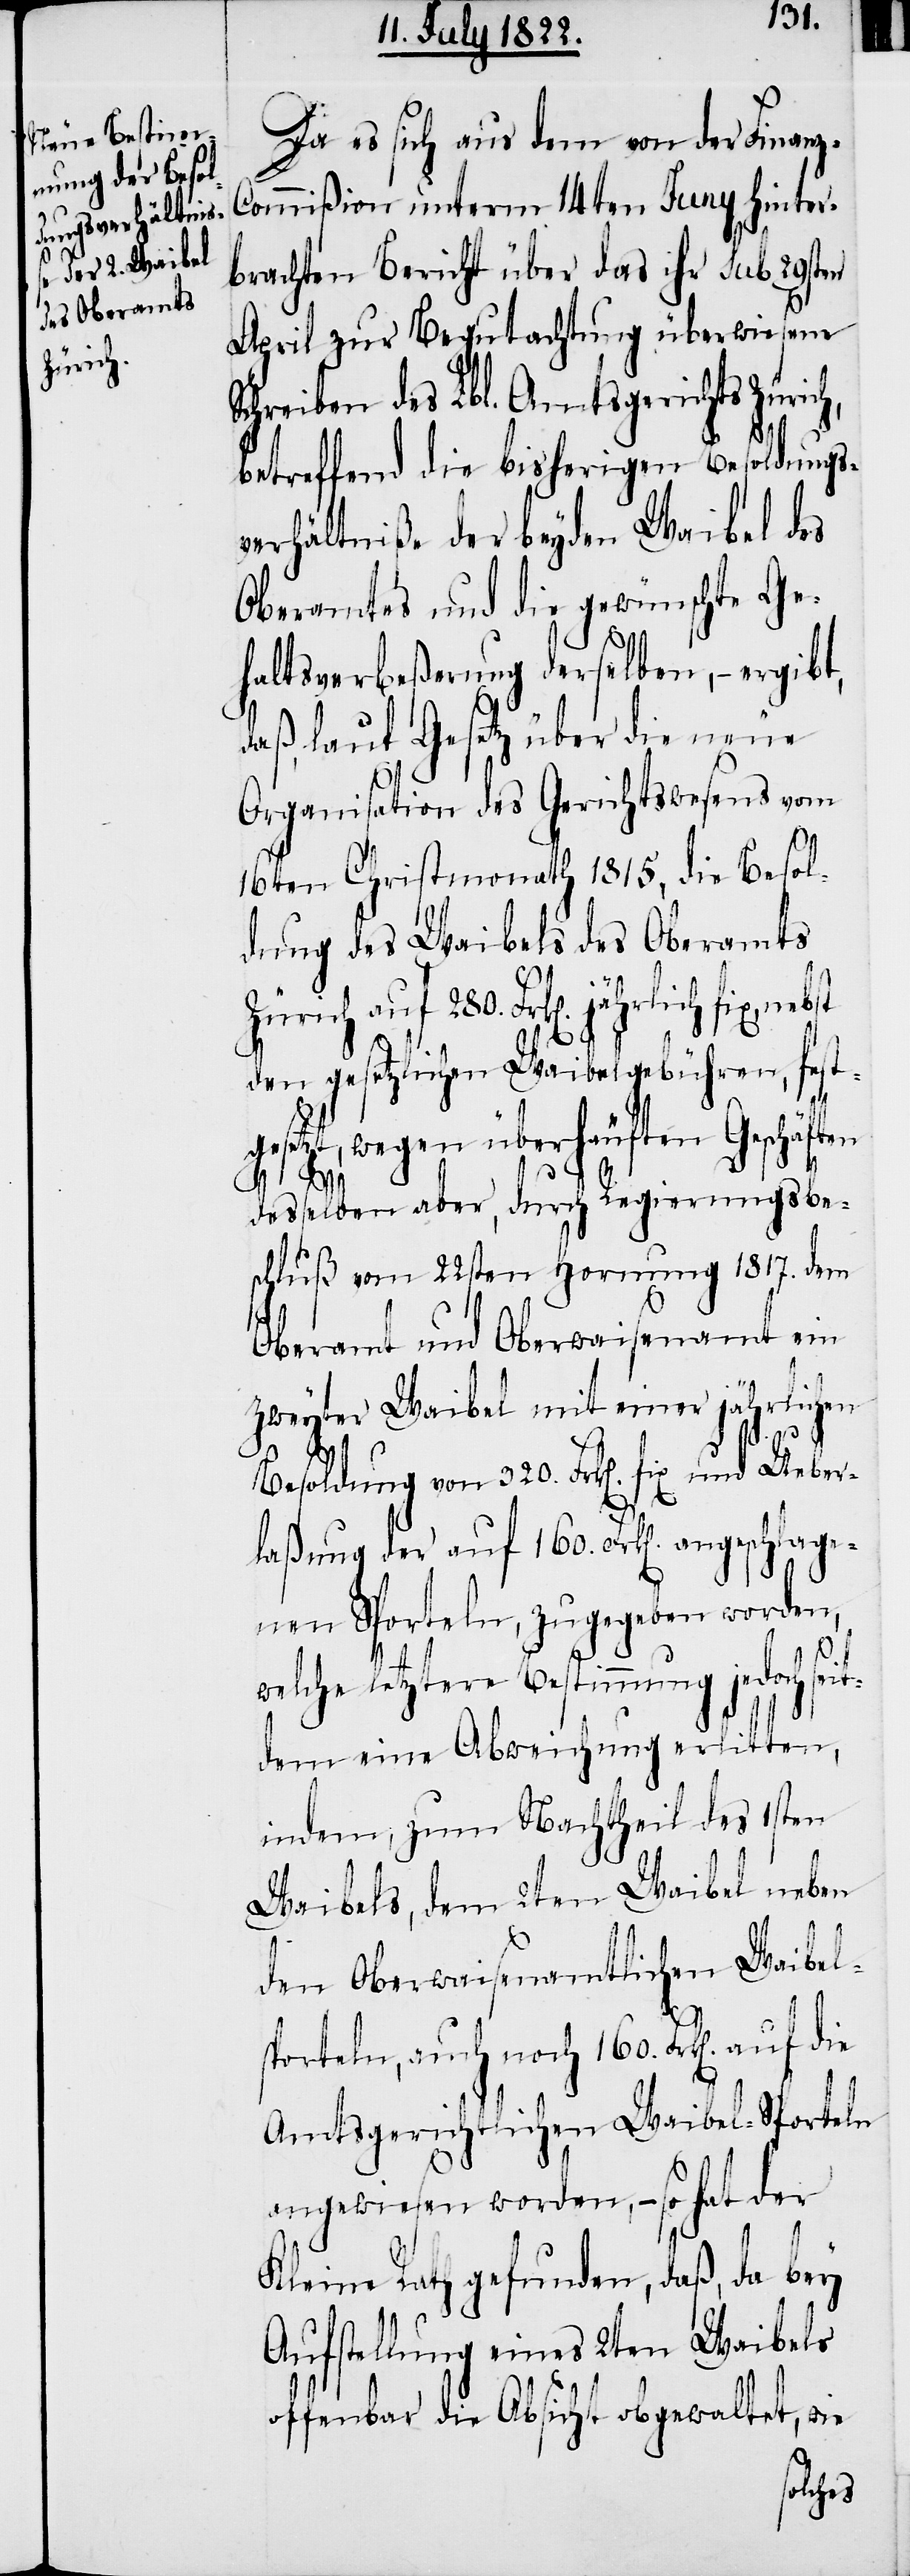
Da es sich aus dem von der Finan¬
z-Commißion unterm 14ten Juny hinter¬
brachten Bericht über das ihr sub 29sten
April zur Begutachtung überwiesene
Schreiben des Lbl. Antragsgerichts Züric¬
betreffend die bisherigen Besoldungs¬
verhältniße der beyden Waibel des
Oberamtes und die gewünschte Ge¬
haltsverbeßerung derselben, – ergibt,
daß, laut Gesetz über die neue
Organisation des Gerichtswesens vom
16ten Christmonath 1815, die Besol¬
dung des Waibels des Oberamts
Zürich auf 280 Frk[en] jährlich fix,
den gesetzlichen Waibelgebühren, fest¬
die
gesetzt, wegen überhäuften Geschäften
h,
desselben aber, durch Regierungsab¬
schluß vom 22sten Hornung 1817. dem
Oberamt und Oberwaisenamt ein
zweyter Waibel mit einer jährlichen
Besoldung von 320. Frk[en] und Ueber¬
laßung der auf 160. Frk[en] angeschlage¬
nen Sporteln, zuzugeben worden,
welche letztere Bestimmung jedoch se¬
itdem eine Abweichung erlitten,
indem, zum Nachtheil des 1sten
Waibels, dem 2ten Waibel neben
den Oberwaisenamtlichen Waibel-S¬
porteln, auch noch 160. Frk[en]. auf
Amtsgerichtlichen Waibel-Sporteln
angewiesen worden, – so hat der
Kleine Rath gefunden, daß, da bey
Aufstellung eines 2ten Waibels
offenbar die Absicht obgewaltet, wie